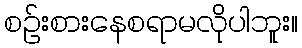
စဉ်းစားနေစရာမလိုပါဘူး။